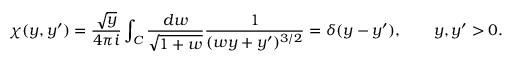
\chi ( y , y ^ { \prime } ) = \frac { \sqrt { y } } { 4 \pi i } \int _ { \cal C } \frac { d w } { \sqrt { 1 + w } } \frac { 1 } { ( w y + y ^ { \prime } ) ^ { 3 / 2 } } = \delta ( y - y ^ { \prime } ) , \qquad y , y ^ { \prime } > 0 .